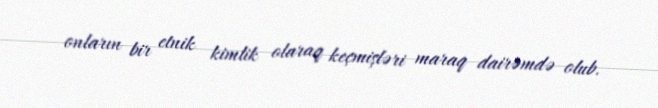
onların bir etnik kimlik olaraq keçmişləri maraq dairəmdə olub.